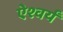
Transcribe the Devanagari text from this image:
ऐश्वर्यं